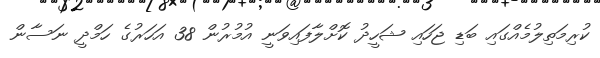
ކުރިމަތިލުމެއްގައި ބަޑި ޖަހައި ޝަހީދު ކޮށްލާފައިވަނީ އުމުރުން 38 އަހަރުގެ ހަމްދީ ނަސާން